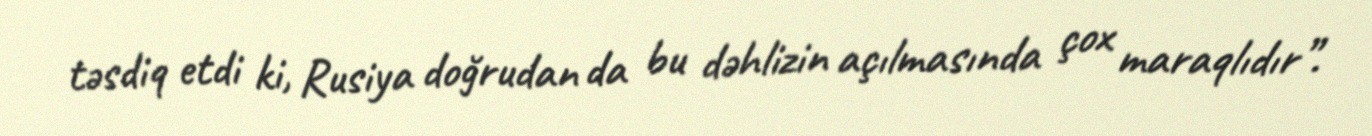
təsdiq etdi ki, Rusiya doğrudan da bu dəhlizin açılmasında çox maraqlıdır”.